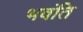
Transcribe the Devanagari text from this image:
भवंति